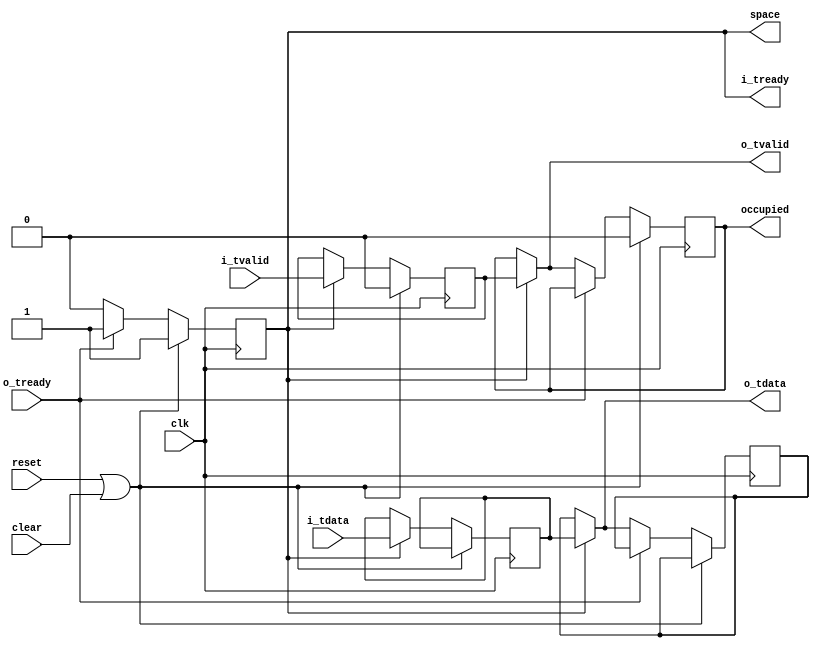
//
// Copyright 2015 Ettus Research LLC
//
// Flip flop with registered AXI control signals, ensuring no end to end combinatorial paths
// at the expense of additional registers.
// Note: Once i_tvalid is asserted, it cannot be deasserted without i_tready having asserted
//       indicating i_tdata has been read. This is an AXI stream requirement.

module axi_fifo_flop2 #(
  parameter WIDTH = 32)
(
  input clk,
  input reset,
  input clear,
  input [WIDTH-1:0] i_tdata,
  input i_tvalid,
  output reg i_tready,
  output [WIDTH-1:0] o_tdata,
  output o_tvalid,
  input o_tready,
  output space,
  output occupied);
  
  reg [WIDTH-1:0] i_tdata_pipe, i_tdata_reg;
  reg             i_tvalid_pipe, i_tvalid_reg;

  always @(posedge clk) begin
    if (reset | clear) begin
      i_tready <= 1'b1;
      i_tvalid_reg <= 1'b0;
      i_tvalid_pipe <= 1'b0;
    end else begin
      if (i_tready) begin
        i_tdata_reg <= i_tdata;
        i_tvalid_reg <= i_tvalid;
      end
      if (o_tready) begin
        i_tready <= 1'b1;
      end else begin
        // Throttle input. Need to store input data in our scratch register
        // as i_tvalid might be asserted. This is the case that requires an additional register
        // to break the i_tready / o_tready combinatorial path.
        if (i_tready) begin
          i_tdata_pipe <= i_tdata_reg;
          i_tvalid_pipe <= i_tvalid_reg;
          i_tready <= 1'b0;
        end
      end
    end
  end
  
  assign o_tvalid = i_tready ? i_tvalid_reg : i_tvalid_pipe;
  assign o_tdata = i_tready ? i_tdata_reg : i_tdata_pipe;

  assign space = i_tready;
  assign occupied = i_tvalid_pipe;

endmodule